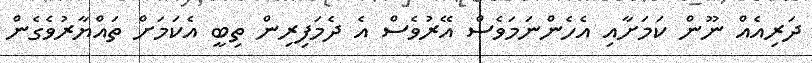
ދަރިއެއް ނޫން ކަމަށާއި އެހެންނަމަވެސް އޭރުވެސް އެ ދެމަފިރިން ތިބީ އެކަމަށް ތައްޔާރުވެގެން